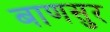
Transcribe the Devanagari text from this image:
बाणसुर